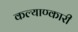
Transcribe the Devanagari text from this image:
कल्याण्कारी